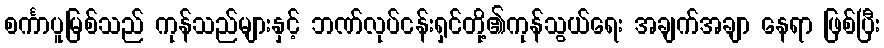
စင်္ကာပူမြစ်သည် ကုန်သည်များနှင့် ဘဏ်လုပ်ငန်းရှင်တို့၏ကုန်သွယ်ရေး အချက်အချာ နေရာ ဖြစ်ပြီး